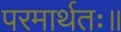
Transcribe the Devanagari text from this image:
परमार्थतः॥